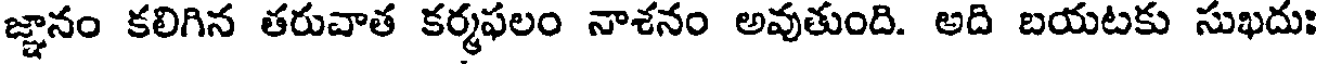
జ్ఞానం కలిగిన తరువాత కర్మఫలం నాశనం అవుతుంది. అది బయటకు సుఖదు